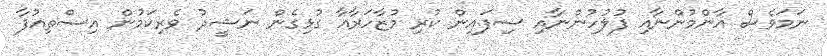
ނަމަވެސް އާންމުންނާއި ފުލުހުންނާއި ސިފައިން ކުރި މުޒާހަރާއާ ގުޅިގެން ނަޝީދު ވެރިކަމުން އިސްތިއުފާ